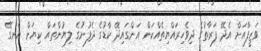
ވަޒީފާއަށް އެދޭ ފަރާތުގެ ދިވެހިރައްޔިތެއްކަން އަންގައިދޭ ކާޑުގެ ދެފުށުގެ ލިޔުންތައް ކިޔަން އެނގޭ